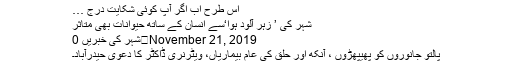
اس طرح اب اگر آپ کوئی شکایت درج …
شہر کی ’ زہر آلود ہوا‘سے انسان کے ساتھ حیوانات بھی متاثر
November 21, 2019	شہر کی خبریں 0
پالتو جانوروں کو پھیپھڑوں ، آنکھ اور حلق کی عام بیماریاں، ویٹرنری ڈاکٹر کا دعویٰ حیدرآباد۔